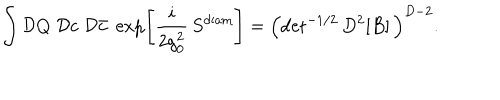
\int { \cal D } Q \; { \cal D } c \; { \cal D } { \bar { c } } ~ \exp \! \left[ \frac { i } { 2 g _ { 0 } ^ { 2 } } \, S ^ { \mathrm { d i a m } } \right] = \left( \mathrm { d e t } ^ { - 1 / 2 } \, D ^ { 2 } [ B ] \, \right) ^ { D - 2 } .